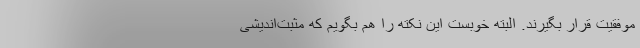
موفقیت قرار بگیرند. البته خوبست این نکته را هم بگویم که مثبت‌اندیشی